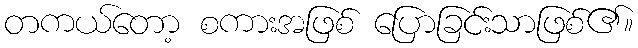
တကယ်တော့ စကားအဖြစ် ပြောခြင်းသာဖြစ်၏။